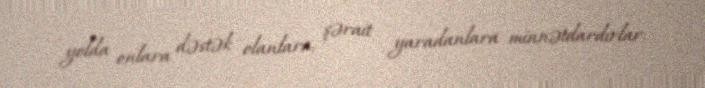
yolda onlara dəstək olanlara, şərait yaradanlara minnətdardırlar.